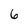
Character: 6